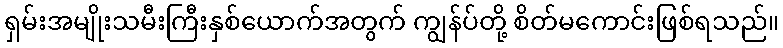
ရှမ်းအမျိုးသမီးကြီးနှစ်ယောက်အတွက် ကျွန်ပ်တို့ စိတ်မကောင်းဖြစ်ရသည်။